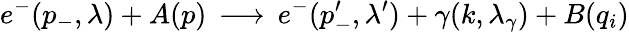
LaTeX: e^{-}(p_{-},\lambda)+A(p)\, \longrightarrow\, e^{-}(p_{-}^{\prime},\lambda^{\prime})+\gamma(k,\lambda_{\gamma})+B(q_{i})